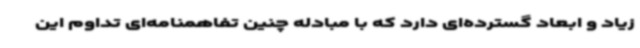
زیاد و ابعاد گسترده‌ای دارد که با مبادله چنین تفاهمنامه‌ای تداوم این